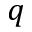
q